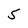
Character: 5